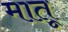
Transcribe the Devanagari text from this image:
मातू